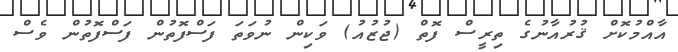
އާއްމުކޮށް ޤުރުއާނުގެ ތިރީސް ފޮތް (ޖުޒުއު) ވަކިން ނުވަތަ ފަސްފޮތުން ފަސްފޮތުން ވެސް